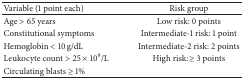
<table><thead><tr><td><b>Variable (1 point each)</b></td><td><b>Risk group</b></td></tr></thead><tbody><tr><td>Age &gt; 65 years</td><td>Low risk: 0 points</td></tr><tr><td>Constitutional symptoms</td><td>Intermediate-1 risk: 1 point</td></tr><tr><td>Hemoglobin &lt; 10 g/dL</td><td>Intermediate-2 risk: 2 points</td></tr><tr><td>Leukocyte count &gt; 25 × 10<sup>9</sup>/L</td><td>High risk: ≥ 3 points</td></tr><tr><td>Circulating blasts ≥ 1%</td><td> </td></tr></tbody></table>